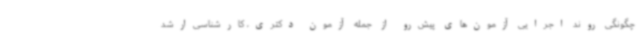
چگونگی روند اجرایی آزمون‌های پیش‌رو از جمله آزمون دکتری، کارشناسی‌ارشد